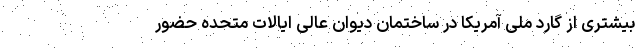
بیشتری از گارد ملی آمریکا در ساختمان دیوان عالی ایالات متحده حضور